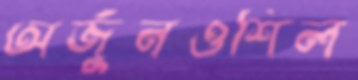
অর্জুনওশিল